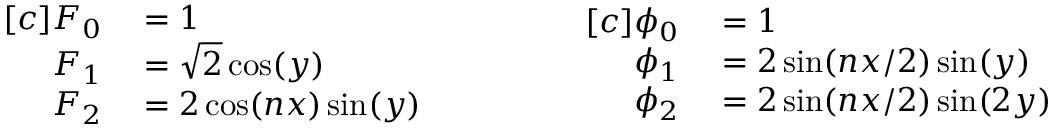
\begin{array} { r l } { [ c ] F _ { 0 } } & { { } = 1 } \\ { F _ { 1 } } & { { } = \sqrt { 2 } \cos ( y ) } \\ { F _ { 2 } } & { { } = 2 \cos ( n x ) \sin ( y ) } \end{array} \qquad \qquad \begin{array} { r l } { [ c ] \phi _ { 0 } } & { { } = 1 } \\ { \phi _ { 1 } } & { { } = 2 \sin ( n x / 2 ) \sin ( y ) } \\ { \phi _ { 2 } } & { { } = 2 \sin ( n x / 2 ) \sin ( 2 y ) } \end{array}